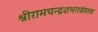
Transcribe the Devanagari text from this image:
श्रीरामचन्द्रशभगवंस्तव